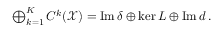
\begin{array} { r } { \bigoplus _ { k = 1 } ^ { K } C ^ { k } ( \mathcal X ) = \mathrm { I m } \, \boldsymbol { \delta } \oplus \mathrm { k e r } \, \boldsymbol { L } \oplus \mathrm { I m } \, \boldsymbol { d } \, . } \end{array}